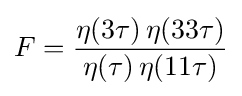
F={\frac {\eta (3\tau )\,\eta (33\tau )}{\eta (\tau )\,\eta (11\tau )}}